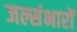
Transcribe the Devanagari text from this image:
जल्संभारों